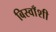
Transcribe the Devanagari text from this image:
बिस्वाँशी